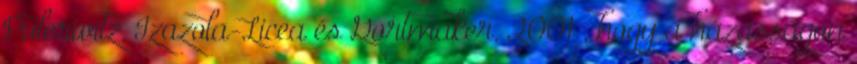
Pulerwitz, Izazola-Licea és Gortmaker, 2001 , hogy a házasságon